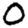
Digit: 0